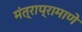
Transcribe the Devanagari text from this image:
मंत्राप्रामाणे